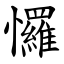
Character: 㦬